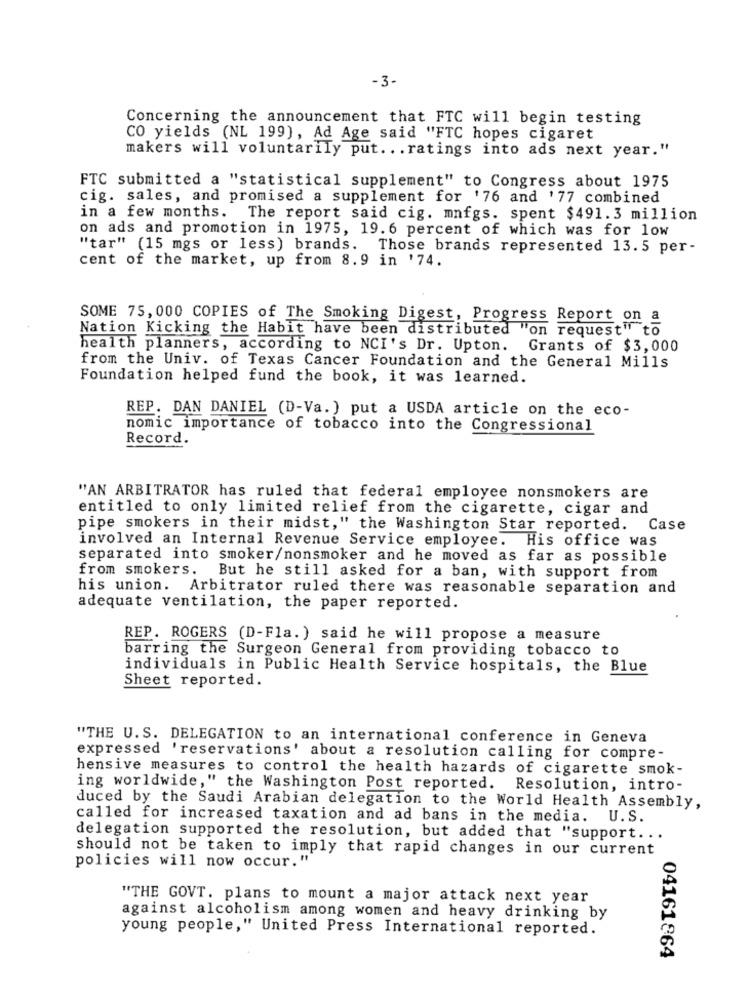
-3-
Concerning the announcement that FTC will begin testing
CO yields (NL 199), Ad Age said "FTC hopes cigaret
makers will voluntarily put ... ratings into ads next year."
FTC submitted a "statistical supplement" to Congress about 1975
cig. sales, and promised a supplement for '76 and '77 combined
in a few months. The report said cig. mnfgs. spent $491.3 million
on ads and promotion in 1975, 19.6 percent of which was for low
"tar" (15 mgs or less) brands. Those brands represented 13.5 per-
cent of the market, up from 8.9 in '74.
SOME 75, 000 COPIES of The Smoking Digest, Progress Report on a
Nation Kicking the Habit have been distributed "on request" to
health planners, according to NCI's Dr. Upton. Grants of $3,000
from the Univ. of Texas Cancer Foundation and the General Mills
Foundation helped fund the book, it was learned.
REP. DAN DANIEL (D-Va. ) put a USDA article on the eco-
nomic importance of tobacco into the Congressional
Record.
"AN ARBITRATOR has ruled that federal employee nonsmokers are
entitled to only limited relief from the cigarette, cigar and
pipe smokers in their midst," the Washington Star reported. Case
involved an Internal Revenue Service employee. His office was
separated into smoker/nonsmoker and he moved as far as possible
from smokers.
But he still asked for a ban, with support from
his union.
Arbitrator ruled there was reasonable separation and
adequate ventilation, the paper reported.
REP. ROGERS (D-Fla.) said he will propose a measure
barring the Surgeon General from providing tobacco to
individuals in Public Health Service hospitals, the Blue
Sheet reported.
"THE U. S. DELEGATION to an international conference in Geneva
expressed 'reservations' about a resolution calling for compre-
hensive measures to control the health hazards of cigarette smok-
ing worldwide," the Washington Post reported. Resolution, intro-
duced by the Saudi Arabian delegation to the World Health Assembly,
called for increased taxation and ad bans in the media. U.S.
delegation supported the resolution, but added that "support ...
should not be taken to imply that rapid changes in our current
policies will now occur."
"THE GOVT. plans to mount a major attack next year
against alcoholism among women and heavy drinking by
young people," United Press International reported.
04161864